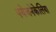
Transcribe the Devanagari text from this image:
पयेजनेकेलिया